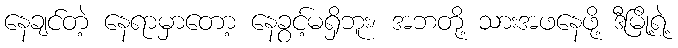
နေချင်တဲ့ နေရာမှာတော့ နေခွင့်မရှိဘူး၊ အဘတို့ သားအဖနေဖို့ ဒီမြို့ရဲ့